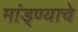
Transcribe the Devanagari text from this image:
मांड्ण्याचे